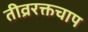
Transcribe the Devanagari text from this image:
तीव्ररक्तचाप